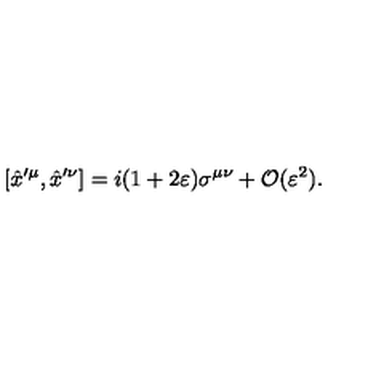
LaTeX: [ \hat { x } ^ { \prime \mu } , \hat { x } ^ { \prime \nu } ] = i ( 1 + 2 \varepsilon ) \sigma ^ { \mu \nu } + \mathcal { O } ( \varepsilon ^ { 2 } ) .